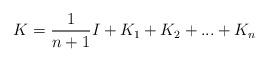
LaTeX: \begin{align*}K=\frac{1}{n+1}I+K_{1}+K_{2}+...+K_{n} \end{align*}